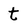
Character: t